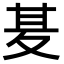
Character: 𭐢